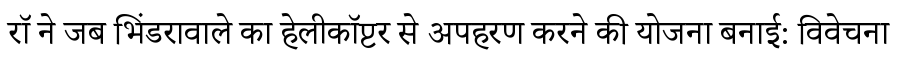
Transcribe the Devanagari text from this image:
रॉ ने जब भिंडरावाले का हेलीकॉप्टर से अपहरण करने की योजना बनाई: विवेचना